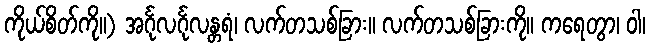
ကိုယ်စိတ်ကို။) အင်္ဂုလင်္ဂုလန္တရံ၊ လက်တသစ်ခြား။ လက်တသစ်ခြားကို။ ကရေတွာ၊ ဝါ၊